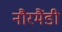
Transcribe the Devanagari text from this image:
नौरमैंडी